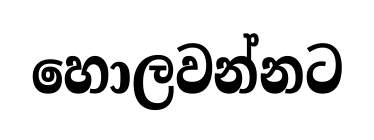
හොලවන්නට